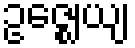
ဥဇ္ဈေယျ